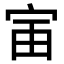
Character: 𫳂